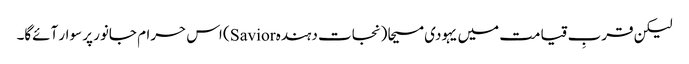
لیکن قربِ قیامت میں یہودی مسیحا (نجات دہندہ Savior) اس حرام جانور پر سوار آئےگا۔